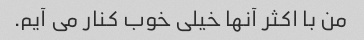
من با اکثر آنها خیلی خوب کنار می آیم.